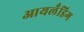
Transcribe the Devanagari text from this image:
आयलँडिग